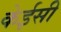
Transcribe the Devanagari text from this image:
केईसी